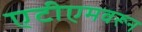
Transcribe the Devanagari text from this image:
एटीएमवरून